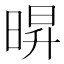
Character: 𭦠